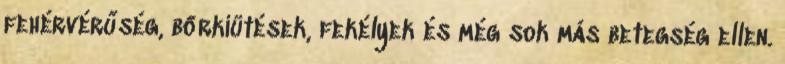
fehérvérűség, bőrkiütések, fekélyek és még sok más betegség ellen.